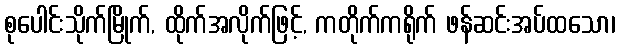
စုပေါင်းသိုက်မြိုက်, ထိုက်အလိုက်ဖြင့်, ကတိုက်ကရိုက် ဖန်ဆင်းအပ်ထသော၊